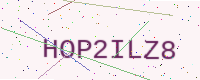
Text: HOP2ILZ8